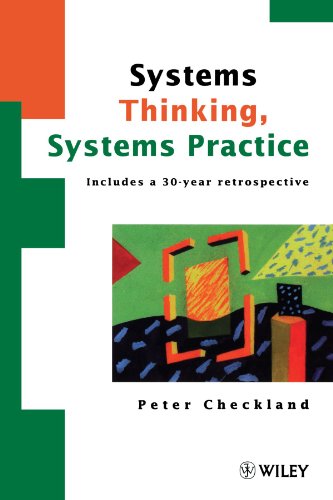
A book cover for Systems Thinking, Systems Practice: Includes a 30-Year Retrospective; Peter Checkland; Computers & Technology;